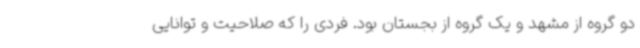
دو گروه از مشهد و یک گروه از بجستان بود. فردی را که صلاحیت و توانایی